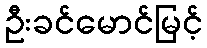
ဦးခင်မောင်မြင့်